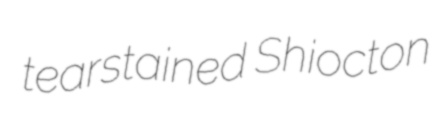
tearstained Shiocton